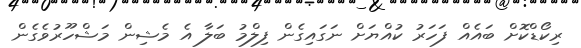
ރިކޯޑްކޮށް ބައެއް ފަހަރު ކުއްޔަށް ނަގައިގެން ފިލްމު ބަލާ އެ މެޝިން މަޝްހޫރުވެގެން